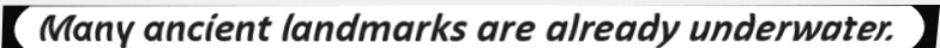
Many ancient landmarks are already underwater.